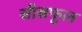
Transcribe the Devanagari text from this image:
सीसफूल